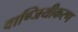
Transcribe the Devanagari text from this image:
वाण्जियीकरण